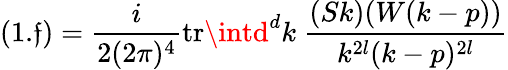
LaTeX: (1.\mathfrak{f})=\frac{{i}}{{2(2\pi)^{4}}}\mathrm{{tr}}\intd^{d}k\ \frac{{(Sk)(W(k-p))}}{{k^{2l}(k-p)^{2l}}}